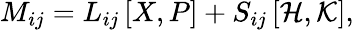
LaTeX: M_{ij}=L_{ij}\left[X,P\right]+S_{ij}\left[{\cal H},{\cal K}\right],